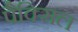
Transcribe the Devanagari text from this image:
पैक्सिल